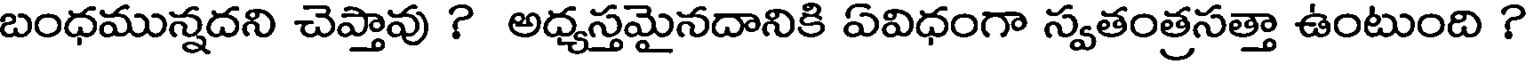
బంధమున్నదని చెప్తావు ? అధ్యస్తమైనదానికి ఏవిధంగా స్వతంత్రసత్తా ఉంటుంది ?